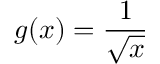
g ( x ) = \frac { 1 } { \sqrt { x } }